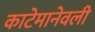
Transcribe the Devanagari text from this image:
काटेमानेवली